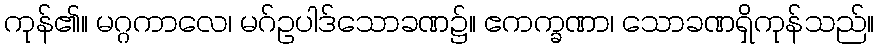
ကုန်၏။ မဂ္ဂကာလေ၊ မဂ်ဥပါဒ်သောခဏ၌။ ဧကက္ခဏာ၊ သောခဏရှိကုန်သည်။